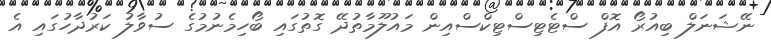
ނޭޝަނަލް ބިއުރޯ އޮފް ސްޓެޓިސްޓިކްސްއިން މައުލޫމާތުދޭ ގޮތުގައި ބޯހިމެނުމުގެ ސުވާލު ކަރުދާހުގައި އެ